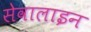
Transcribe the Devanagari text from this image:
सेवालाइन